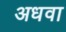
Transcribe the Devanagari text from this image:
अधवा